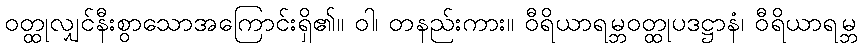
ဝတ္ထုလျှင်နီးစွာသောအကြောင်းရှိ၏။ ဝါ၊ တနည်းကား။ ဝီရိယာရမ္ဘဝတ္ထုပဒဋ္ဌာနံ၊ ဝီရိယာရမ္ဘ